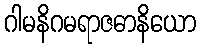
ဂါမနိဂမရာဇဓာနိယော